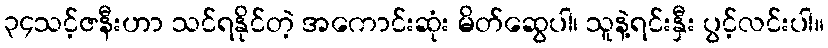
၃၄သင့်ဇနီးဟာ သင်ရနိုင်တဲ့ အကောင်းဆုံး မိတ်ဆွေပါ၊ သူနဲ့ရင်းနှီး ပွင့်လင်းပါ။